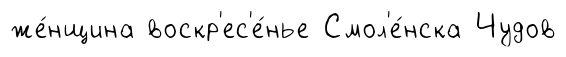
же́нщина воскр'ес'е́нье Смол'е́нска Чудов